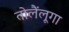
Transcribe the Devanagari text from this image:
तोलैंलूगा